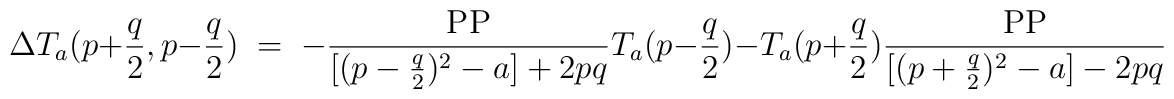
\Delta T_a(p+\frac{q}{2}, p-\frac{q}{2}) \;=\; -\frac{\mbox{PP}}{[(p-\frac{q}{2})^2-a] + 2pq} \: T_a(p-\frac{q}{2}) \:-\: T_a(p+\frac{q}{2}) \: \frac{\mbox{PP}}{[(p+\frac{q}{2})^2-a] - 2pq}